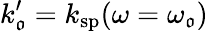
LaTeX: k_{\mathfrak{o}}^{\prime}=k_{\mathrm{{sp}}}(\omega=\omega_{\mathfrak{o}})